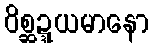
ဝိစ္ဆဍ္ဍယမာနော